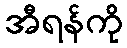
အီရန်ကို